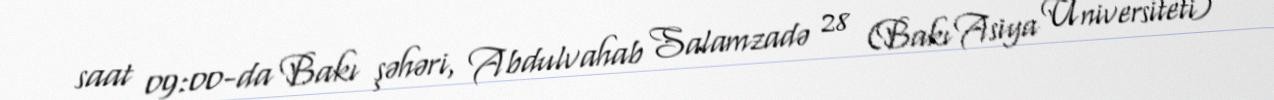
saat 09:00-da Bakı şəhəri, Abdulvahab Salamzadə 28 (Bakı Asiya Universiteti)